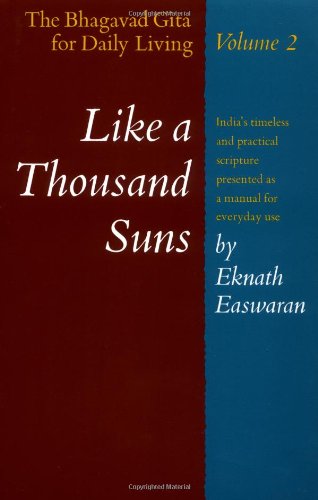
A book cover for Like a Thousand Suns: The Bhagavad Gita for Daily Living, Volume II; Eknath Easwaran; Religion & Spirituality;